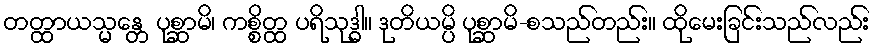
တတ္ထာယသ္မန္တေ ပုစ္ဆာမိ၊ ကစ္စိတ္ထ ပရိသုဒ္ဓါ။ ဒုတိယမ္ပိ ပုစ္ဆာမိ-စသည်တည်း။ ထိုမေးခြင်းသည်လည်း